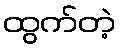
ထွက်တဲ့